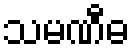
သမဏီဓ